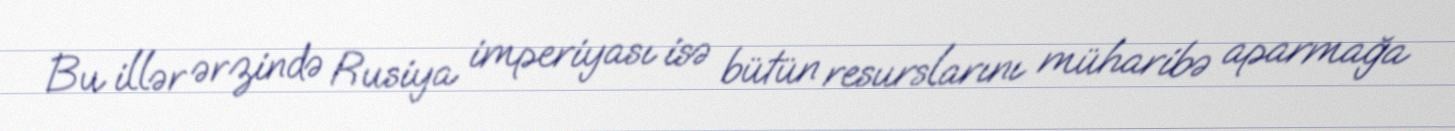
Bu illər ərzində Rusiya imperiyası isə bütün resurslarını müharibə aparmağa